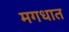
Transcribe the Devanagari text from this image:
मगधात